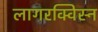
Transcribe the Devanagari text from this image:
लागरक्विस्न